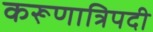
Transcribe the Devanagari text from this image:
करूणात्रिपदी